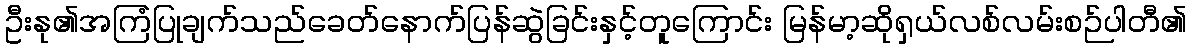
ဦးနု၏အကြံပြုချက်သည်ခေတ်နောက်ပြန်ဆွဲခြင်းနှင့်တူကြောင်း မြန်မာ့ဆိုရှယ်လစ်လမ်းစဉ်ပါတီ၏